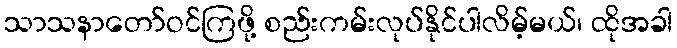
သာသနာတော်ဝင်ကြဖို့ စည်းကမ်းလုပ်နိုင်ပါလိမ့်မယ်၊ ထိုအခါ